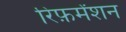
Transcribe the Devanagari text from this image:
रिफ़र्मेंशन